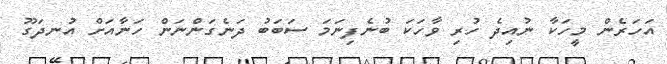
އަހަރެން މީހަކާ ނުއިދެ ހުރި ވާހަކަ ބުނެފިނަމަ ސަބަބު ދަނެގަންނަން ހަނާއަށް އުނދަގޫ